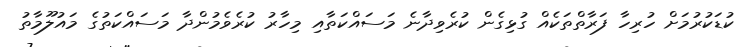
ކުޑަކުރުމަށް ހުރިހާ ފަރާތްތަކެއް ގުޅިގެން ކުރެވިދާނެ މަސައްކަތާއި މިހާރު ކުރެވެމުންދާ މަސައްކަތުގެ މައުލޫމާތު